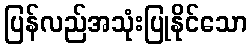
ပြန်လည်အသုံးပြုနိုင်သော